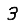
Digit: 3